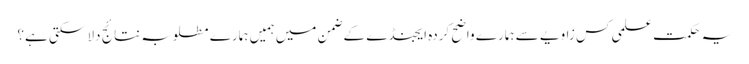
یہ حکمت علمی کس زاویے سے ہمارے واضح کردہ ایجنڈے کے ضمن میں ہمیں ہمارے مطلوبہ نتائج دلا سکتی ہے؟